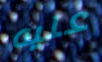
عليه